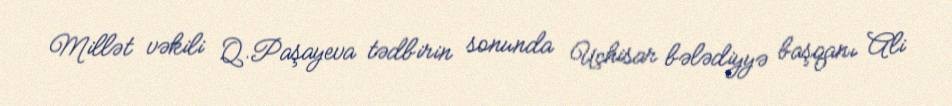
Millət vəkili Q.Paşayeva tədbirin sonunda Uçhisar bələdiyyə başqanı Ali